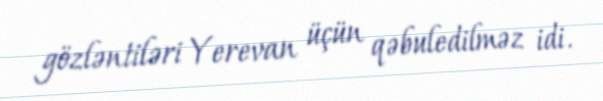
gözləntiləri Yerevan üçün qəbuledilməz idi.